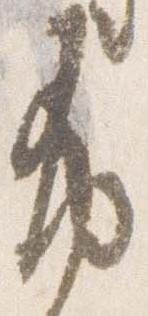
布